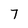
Character: 7